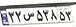
۳۲س۵۳۸۵۳